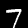
Label: 7